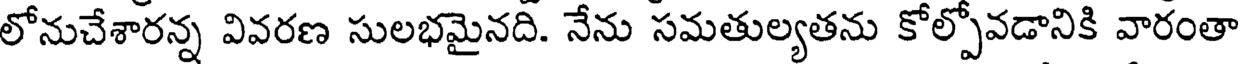
లోనుచేశారన్న వివరణ సులభమైనది. నేను సమతుల్యతను కోల్పోవడానికి వారంతా